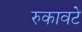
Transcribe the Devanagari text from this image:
रुकावटे